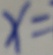
x =